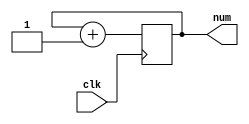
module SD_CLK_COUNT(
  input clk,
  output reg [2:0] num
);

  initial begin
    num <= 0;
  end

  always @(posedge clk) begin
    num <= num + 1;
  end

endmodule